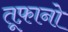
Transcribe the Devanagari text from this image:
तूफ़ानो